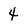
Character: 4